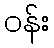
ဝန်း